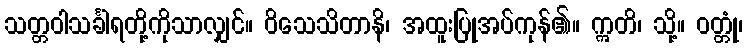
သတ္တဝါသင်္ခါရတို့ကိုသာလျှင်။ ဝိသေသိတာနိ၊ အထူးပြုအပ်ကုန်၏။ ဣတိ၊ သို့။ ဝတ္တုံ၊